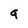
Character: g